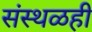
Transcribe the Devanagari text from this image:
संस्थळही